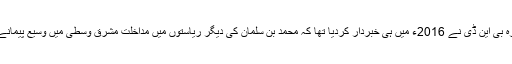
شہزادہ محمد بن سلمان کی اقتدار کی کشمکش پر جرمن خفیہ ادارہ بی این ڈی نے 2016ء میں ہی خبردار کردیا تھا کہ محمد بن سلمان کی دیگر ریاستوں میں مداخلت مشرق وسطیٰ میں وسیع پیمانے پر بگاڑ کے ساتھ سعودی ریاست کے لیے بھی بڑا خطرہ ہے۔